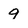
Character: 9